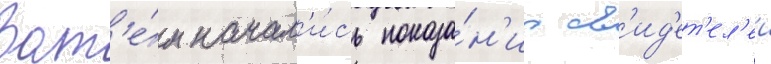
Зат'е́м начал'и́сь показа́н'иа св'ид'ет'ел'еи